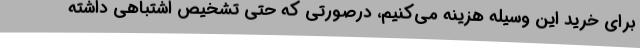
برای خرید این وسیله هزینه می‌کنیم، درصورتی که حتی تشخیص اشتباهی داشته